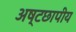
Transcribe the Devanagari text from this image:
अष्टछापीय